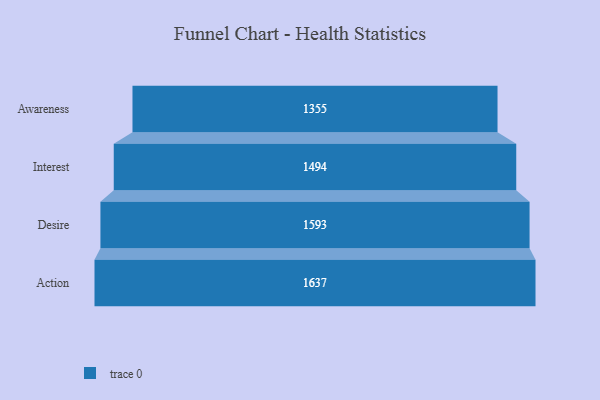
{"axis": {"x": "Stage", "y": "Value"}, "legend": [""], "data": [{"x": "Awareness", "y": 1355.0, "type": ""}, {"x": "Interest", "y": 1494.0, "type": ""}, {"x": "Desire", "y": 1593.0, "type": ""}, {"x": "Action", "y": 1637.0, "type": ""}]}